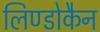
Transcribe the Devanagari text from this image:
लिण्डोकैन